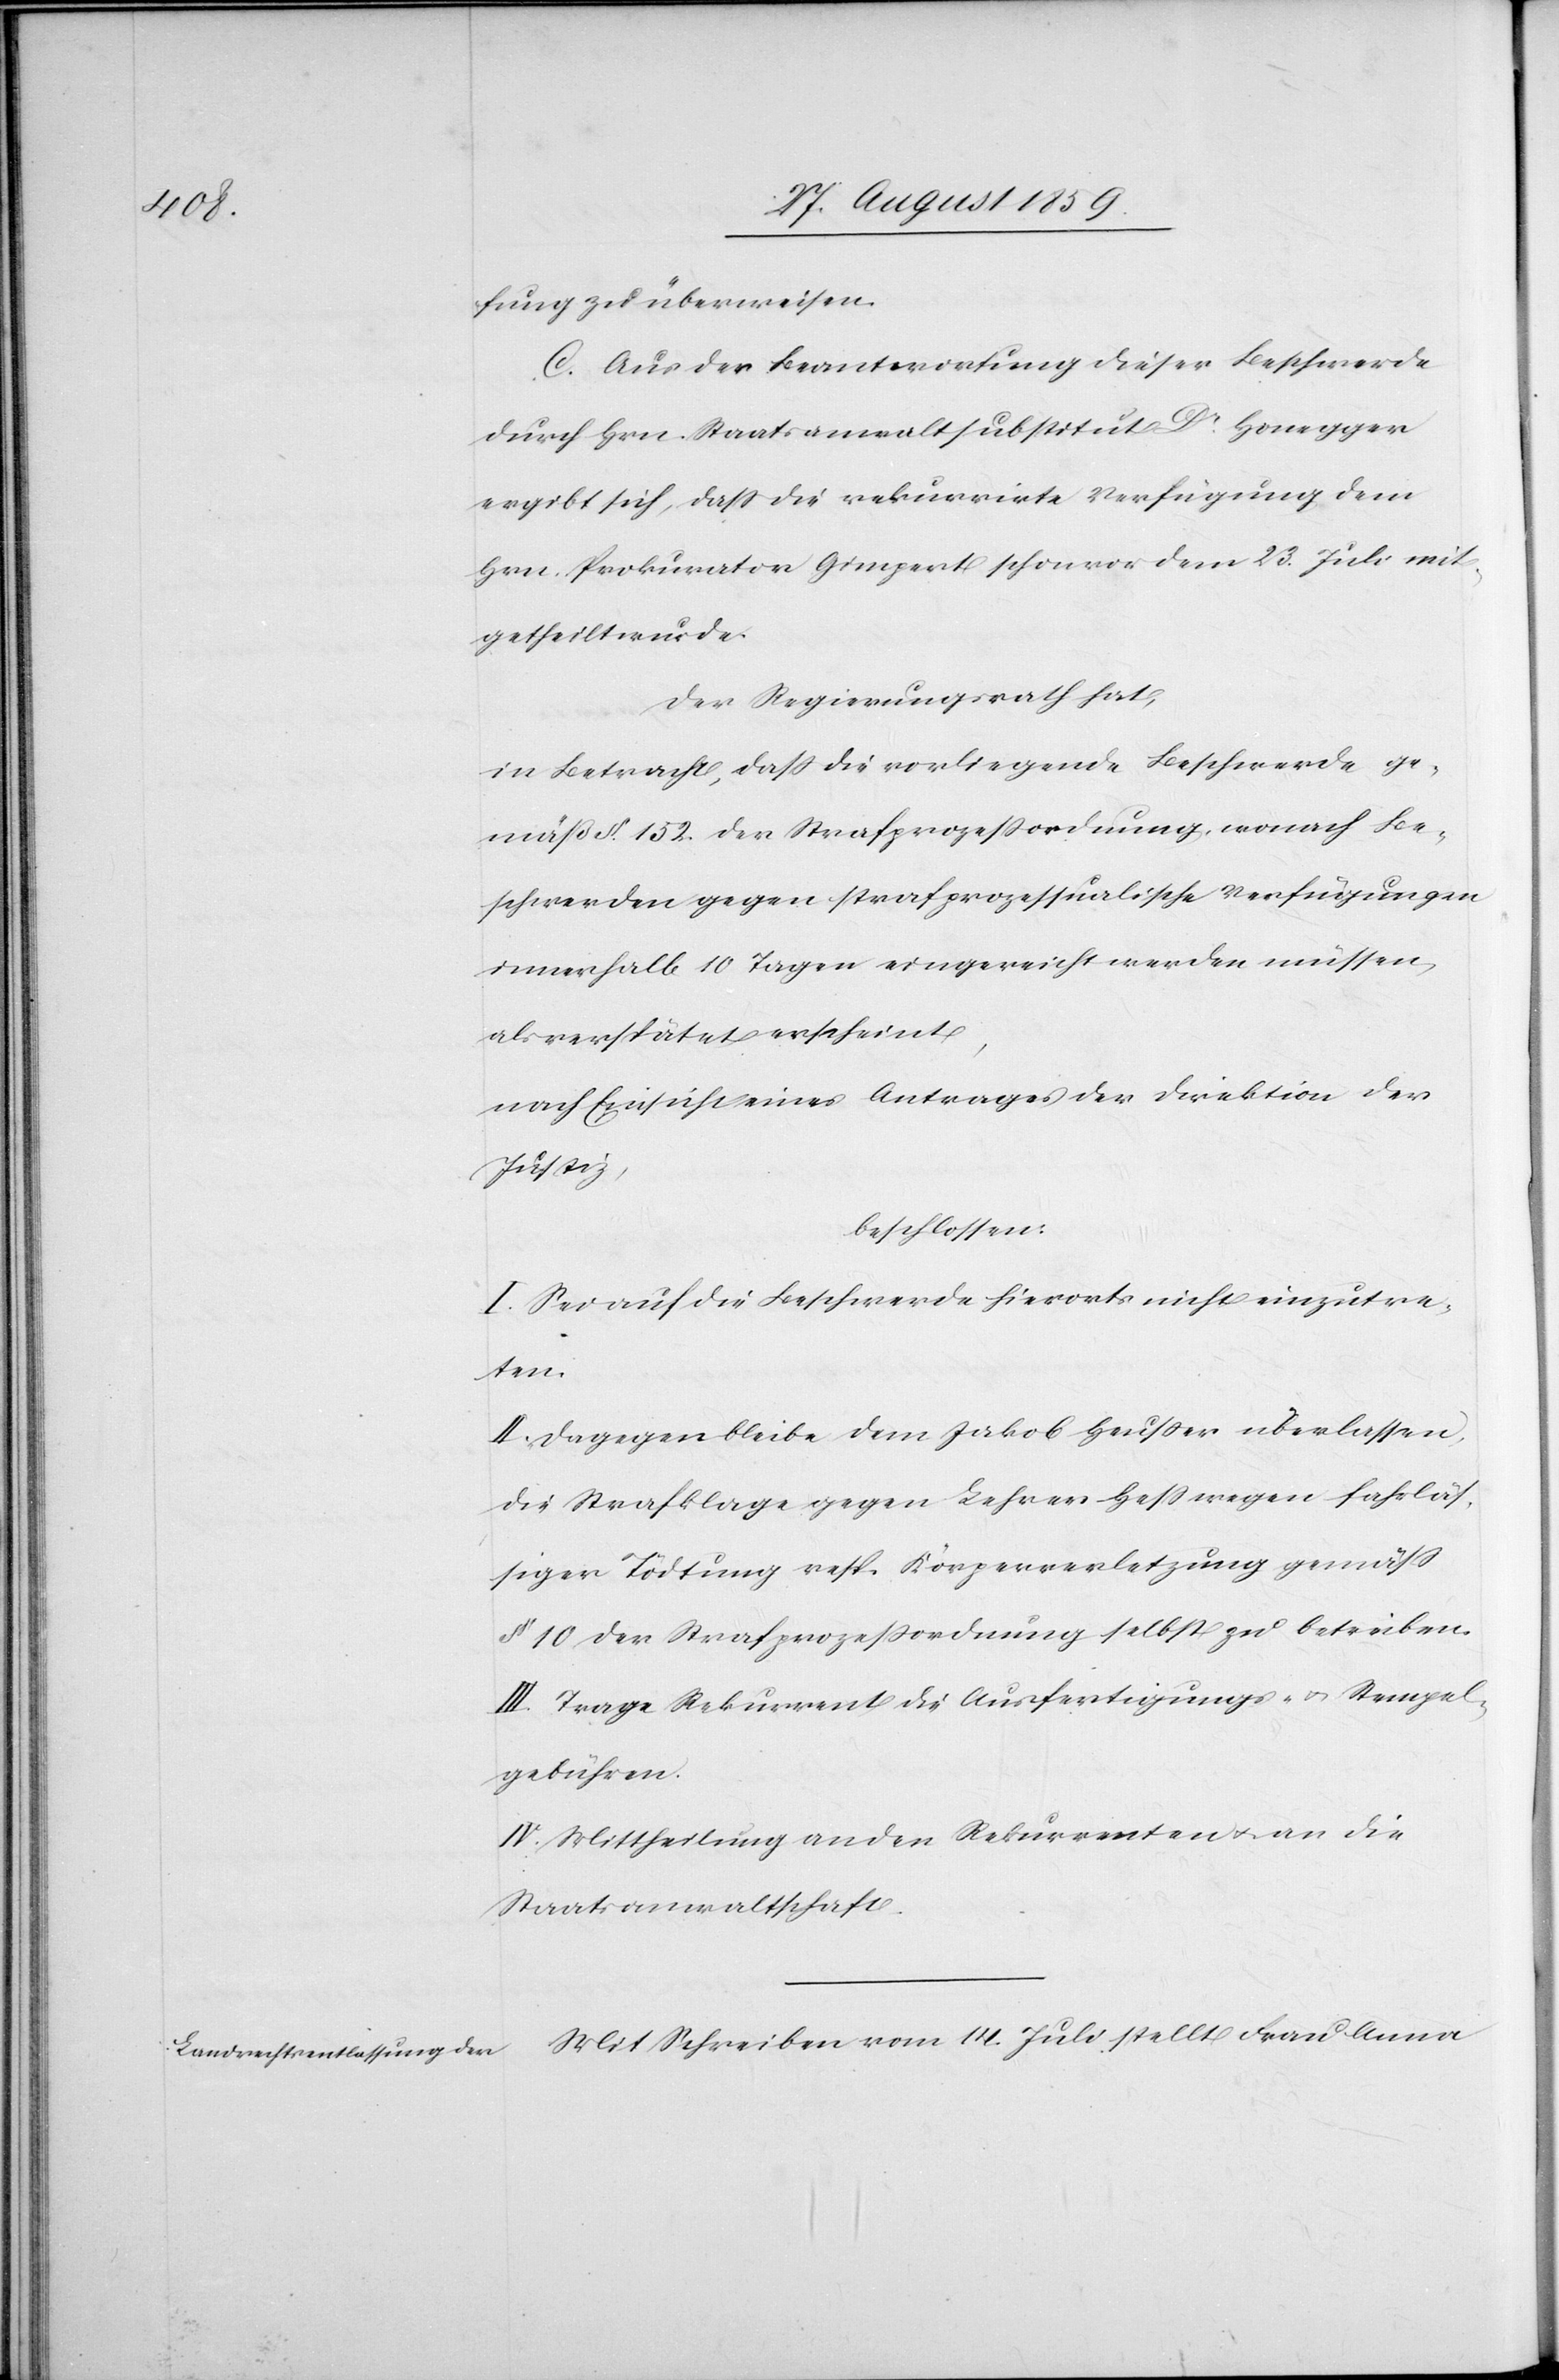
fung zu überweisen.
C. Aus der Beantwortung dieser Beschwerde
durch Hrn. Staatsanwaltsubstitut Dr. Honegger
ergibt sich, daß die rekurrirte Verfügung dem
Hrn. Prokurator Gimpert schon vor dem 23. Juli mit¬
getheilt wurde.
Der Regierungsrath hat,
in Betracht, daß die vorliegende Beschwerde ge¬
mäß § 152. der Strafprozessordnung, wonach Be¬
schwerden gegen strafprozessualische Verfügungen
innerhalb 10 Tagen eingereicht werden müssen,
als verspätet erscheint,
nach Einsicht eines Antrages der Direktion der
Justiz,
beschlossen:
I. Sei auf die Beschwerde hierorts nicht einzutre¬
ten.
II. Dagegen bleibe dem Jakob Heußer überlassen,
die Strafklage gegen Lehrer Heß wegen fahrläs¬
siger Tödtung resp. Körperverletzung gemäß
§ 10 der Strafprozeßordnung selbst zu betreiben.
III. Trage Rekurrent die Ausfertigungs- & Stempel¬
gebühren.
IV. Mittheilung an den Rekurrenten & an die
Staatsanwaltschaft.
Mit Schreiben vom 14. Juli stellt Frau Anna